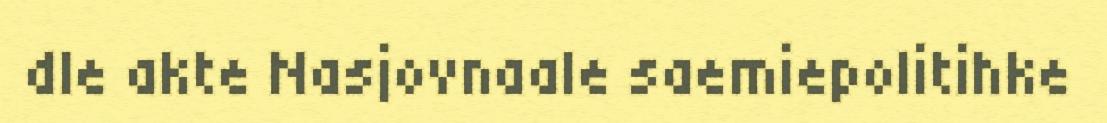
dle akte Nasjovnaale saemiepolitihke